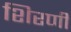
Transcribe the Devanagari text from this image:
शिरणी